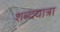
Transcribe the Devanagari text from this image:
शब्दयात्रा